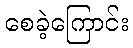
စေခဲ့ကြောင်း